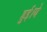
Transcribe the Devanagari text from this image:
हुई।ये